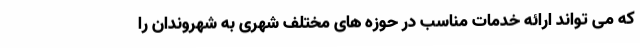
که می تواند ارائه خدمات مناسب در حوزه های مختلف شهری به شهروندان را